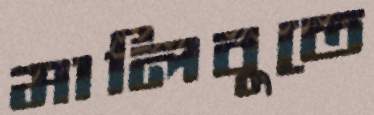
মালিবুতে